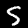
Digit: 5